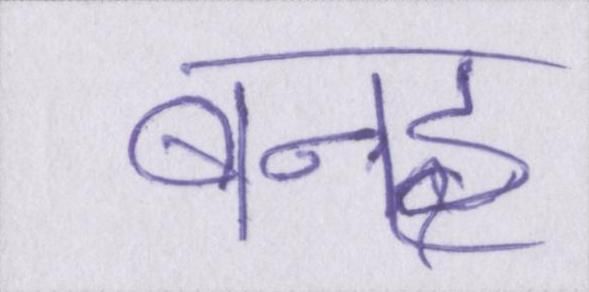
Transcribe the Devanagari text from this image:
बनइ